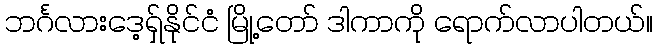
ဘင်္ဂလားဒေ့ရှ်နိုင်ငံ မြို့တော် ဒါကာကို ရောက်လာပါတယ်။